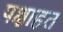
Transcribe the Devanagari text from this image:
पक्षाहत